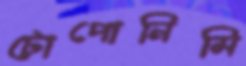
টোপোনিমি